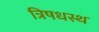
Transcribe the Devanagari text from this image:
त्रिषधस्थ